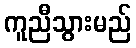
ကူညီသွားမည်